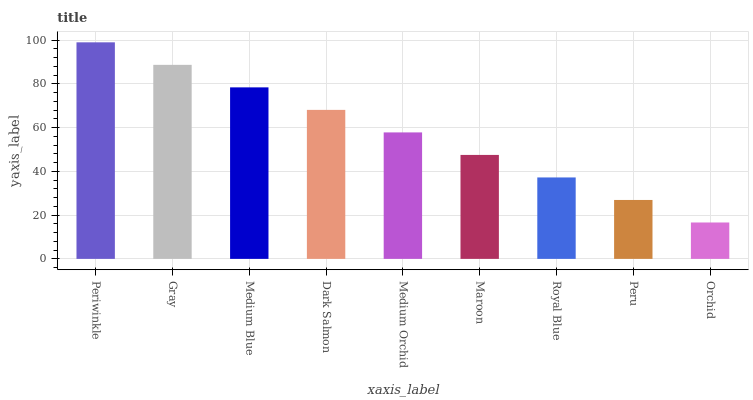
| xaxis_label | bars |
 | --- | --- |
 | Periwinkle | 99 |
 | Gray | 88.7 |
 | Medium Blue | 78.4 |
 | Dark Salmon | 68.1 |
 | Medium Orchid | 57.8 |
 | Maroon | 47.5 |
 | Royal Blue | 37.2 |
 | Peru | 26.9 |
 | Orchid | 16.6 |